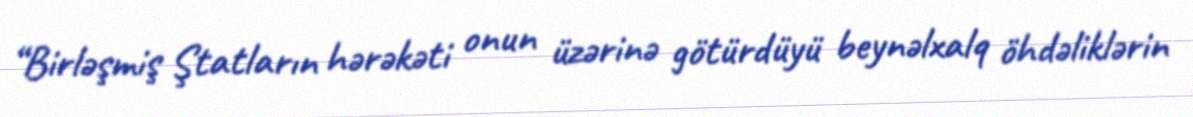
“Birləşmiş Ştatların hərəkəti onun üzərinə götürdüyü beynəlxalq öhdəliklərin